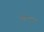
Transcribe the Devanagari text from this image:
होएसल